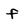
Character: f